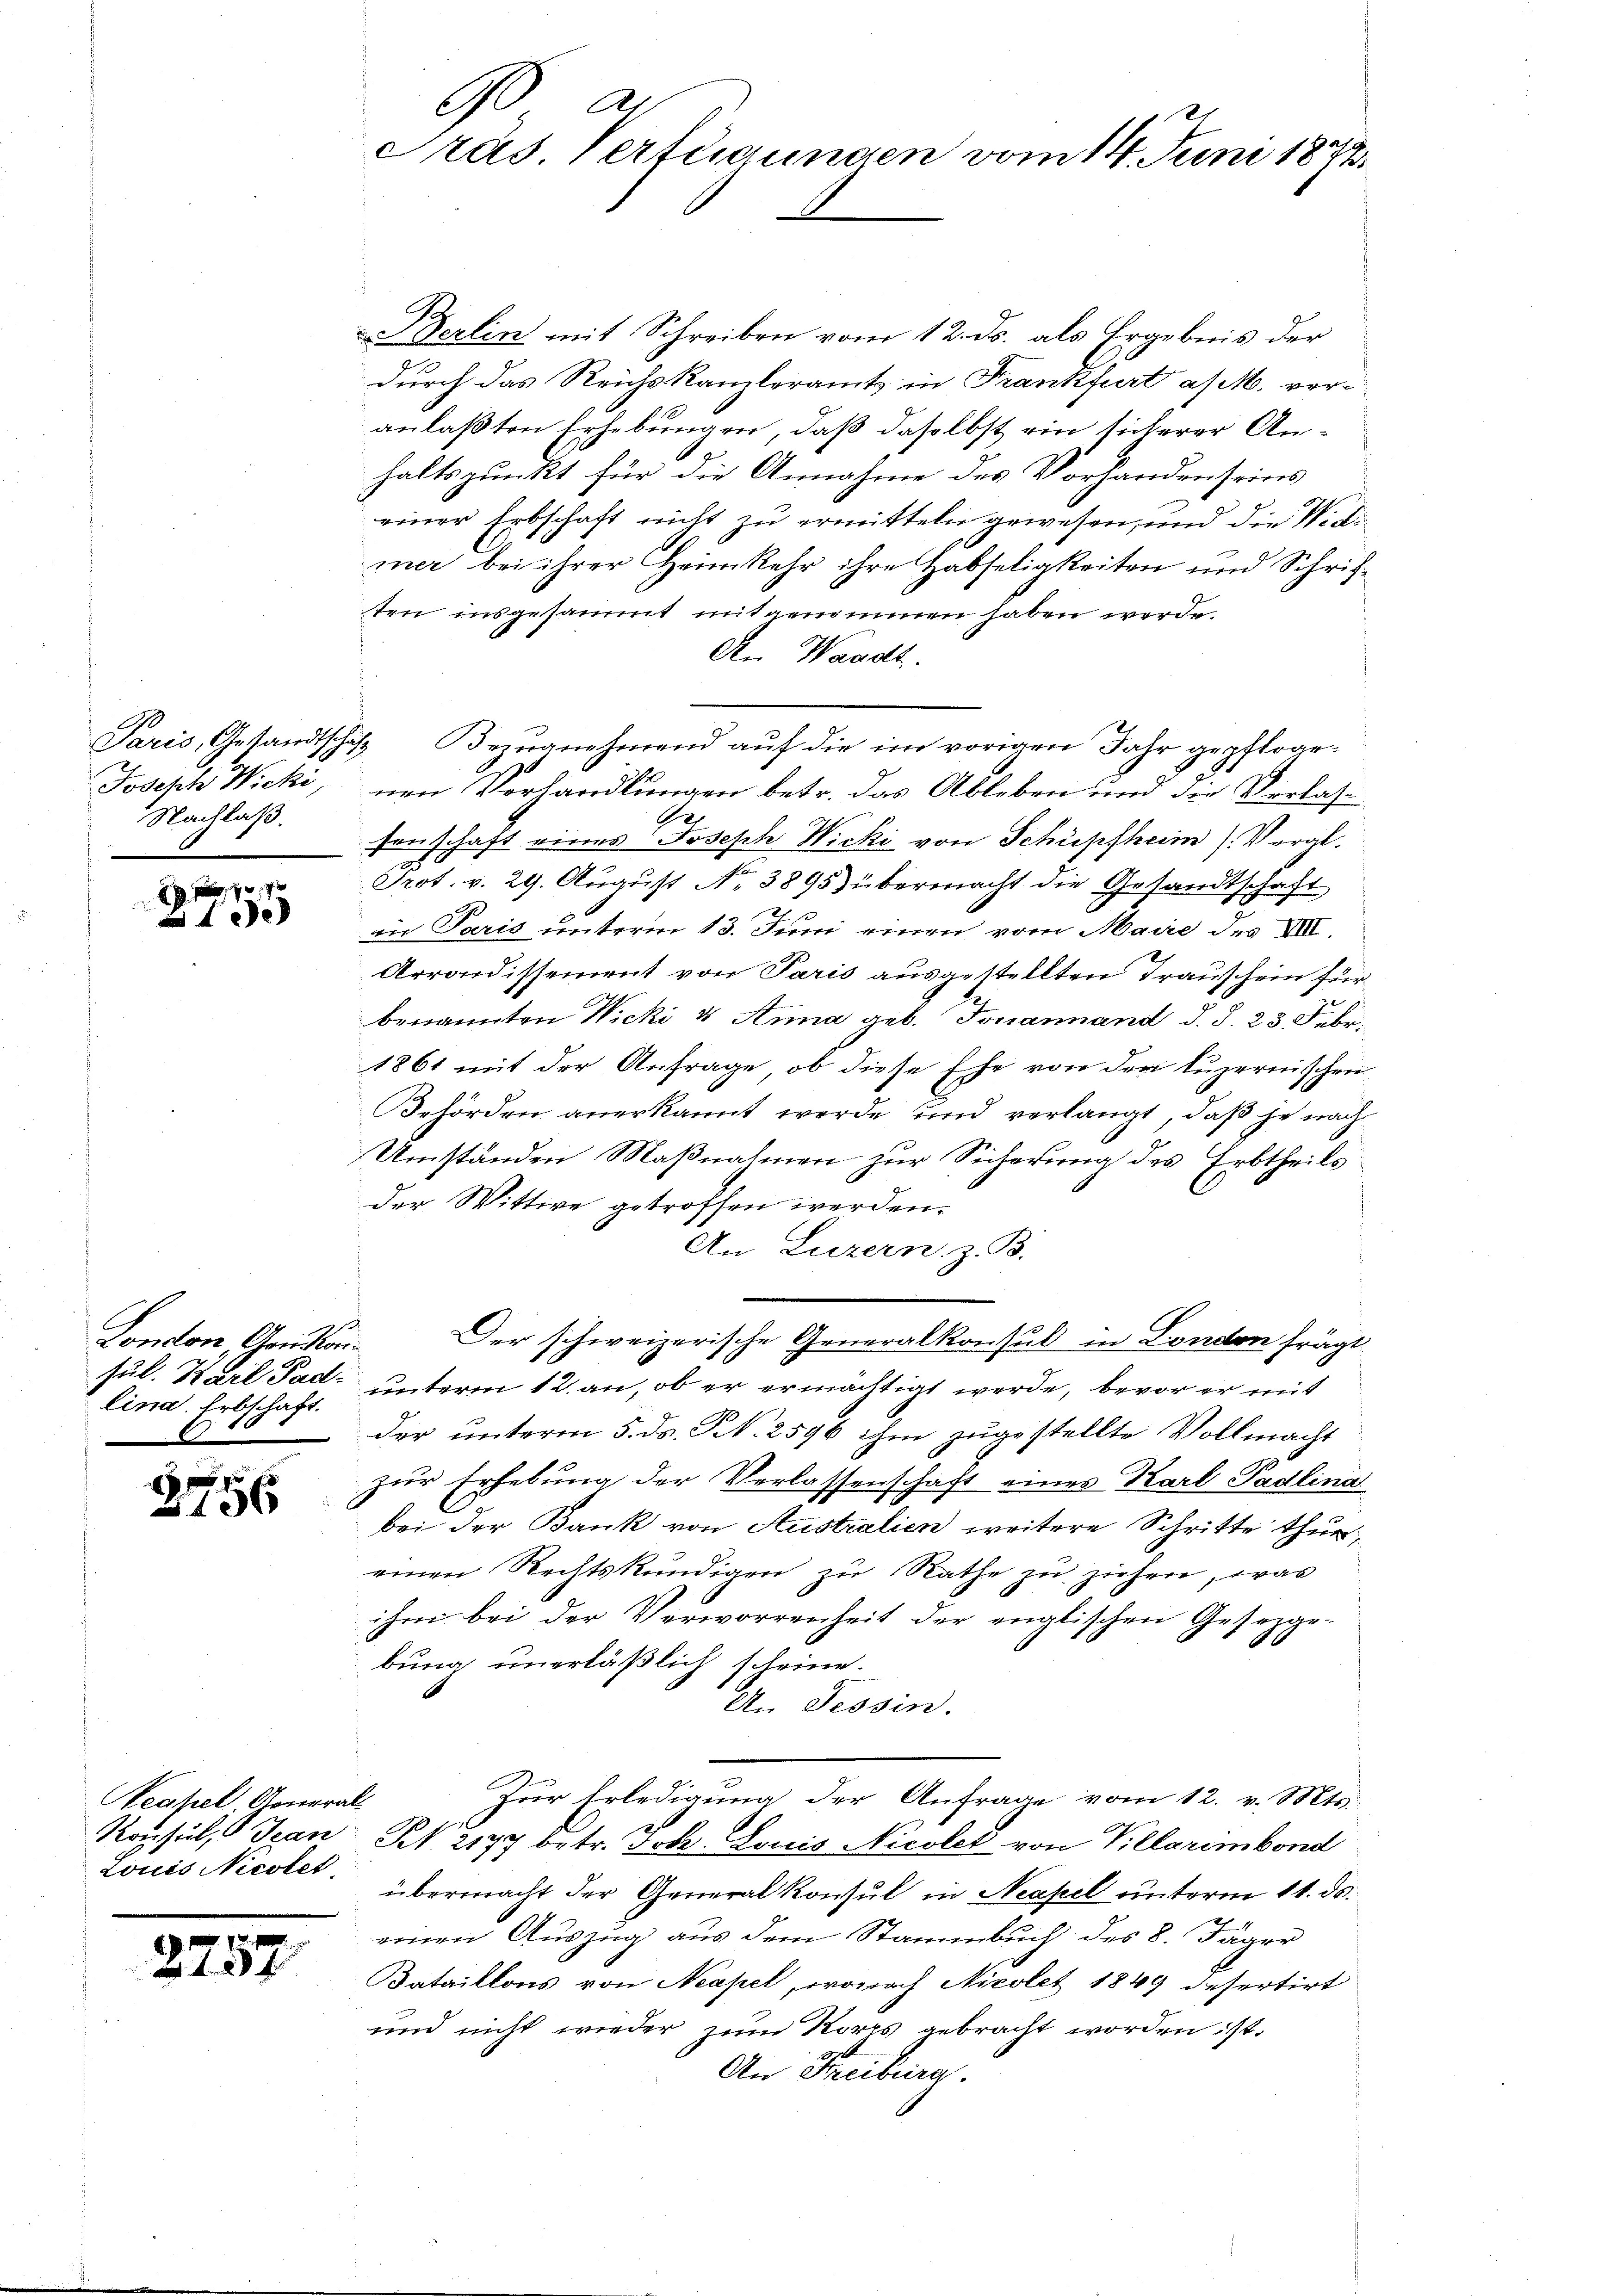
Josef Wicki,
Nachlaß.

7 x
e

London Gendanlina. Erbschaft.

136

Neapel, Generall
Louis Nicotet,

2757

90 a
Präs. Verfügungen vom 14. Juni 1872

& Berlin mit Schreiben vom 12. ds. als Ergebnis der
durch das Reichskanzleramt in Frankfurt a M. veranlaßten Erhebungen, daß daselbst ein sicherer Anhaltspunkt für die Annahme des Vorhandenseins
einer Erbschaft nicht zu ermitteln gewesen, und die Noti
mer bei ihrer Heimkehr ihre Habseligkeiten und Schriften insgesammt mit genommen haben werde.
An Waadt.
Paris, Gestandtschaft Bezugnehmend auf die im vorigen Jahr gepflogenen Vorhandlungen betr. das Ableben und die Verlassenschaft eines Joseph Wicki von Schüpfheim) Vergl.

Prot. v. 29. August No. 3895) übermacht die Gesandtschaft
2
ein Paris unterm 13. Juni einen vom Maire des VIII.
Arrondissement von Paris ausgestellten Trauschein für
benannten Wicki & Anna geb. Touainand d. d. 23. Febr.
1861 mit der Anfrage, ob diese Ehe von der luzernischen
Behörden anerkannt werde und verlangt, daß je nach
Umständen Maßnahmen zur Sicherung des Erbtheils
der Wittwe getroffen werden.
An Luzern z. B.
Der schweizerische Generalkonsul in London frägt
sul. Karl Pad- unterm 12. an, ob er ermächtigt werde, bevor er mit
der unterm 5. ds. S. 2596 ihm zugestellte Vollmacht
zur Erhebung der Verlassenschaft eines Karl Padlina
bei der Bank von Australien weitere Schritte thur,
einen Rechtskundigen zu Rathe zu ziehen, was
ihm bei der Verworrenheit der englischen Gesetzge-
bung unerläßlich scheine.
An Tessin.
Zur Erledigung der Anfrage vom 12. v. Mts.
3
Konsul, Jean N. 2177 betr. Joh. Louis Nicolet von Villarimbond
übermacht der Generalkonsul in Neapel unterm 11. ds.
einen Auszug aus dem Stammbuch des 8. Jäger
Bataillons von Neapel, wonach Nicolet 1849 desertirt
und nicht wieder zum Korps gebracht worden ist.
An Freiburg.